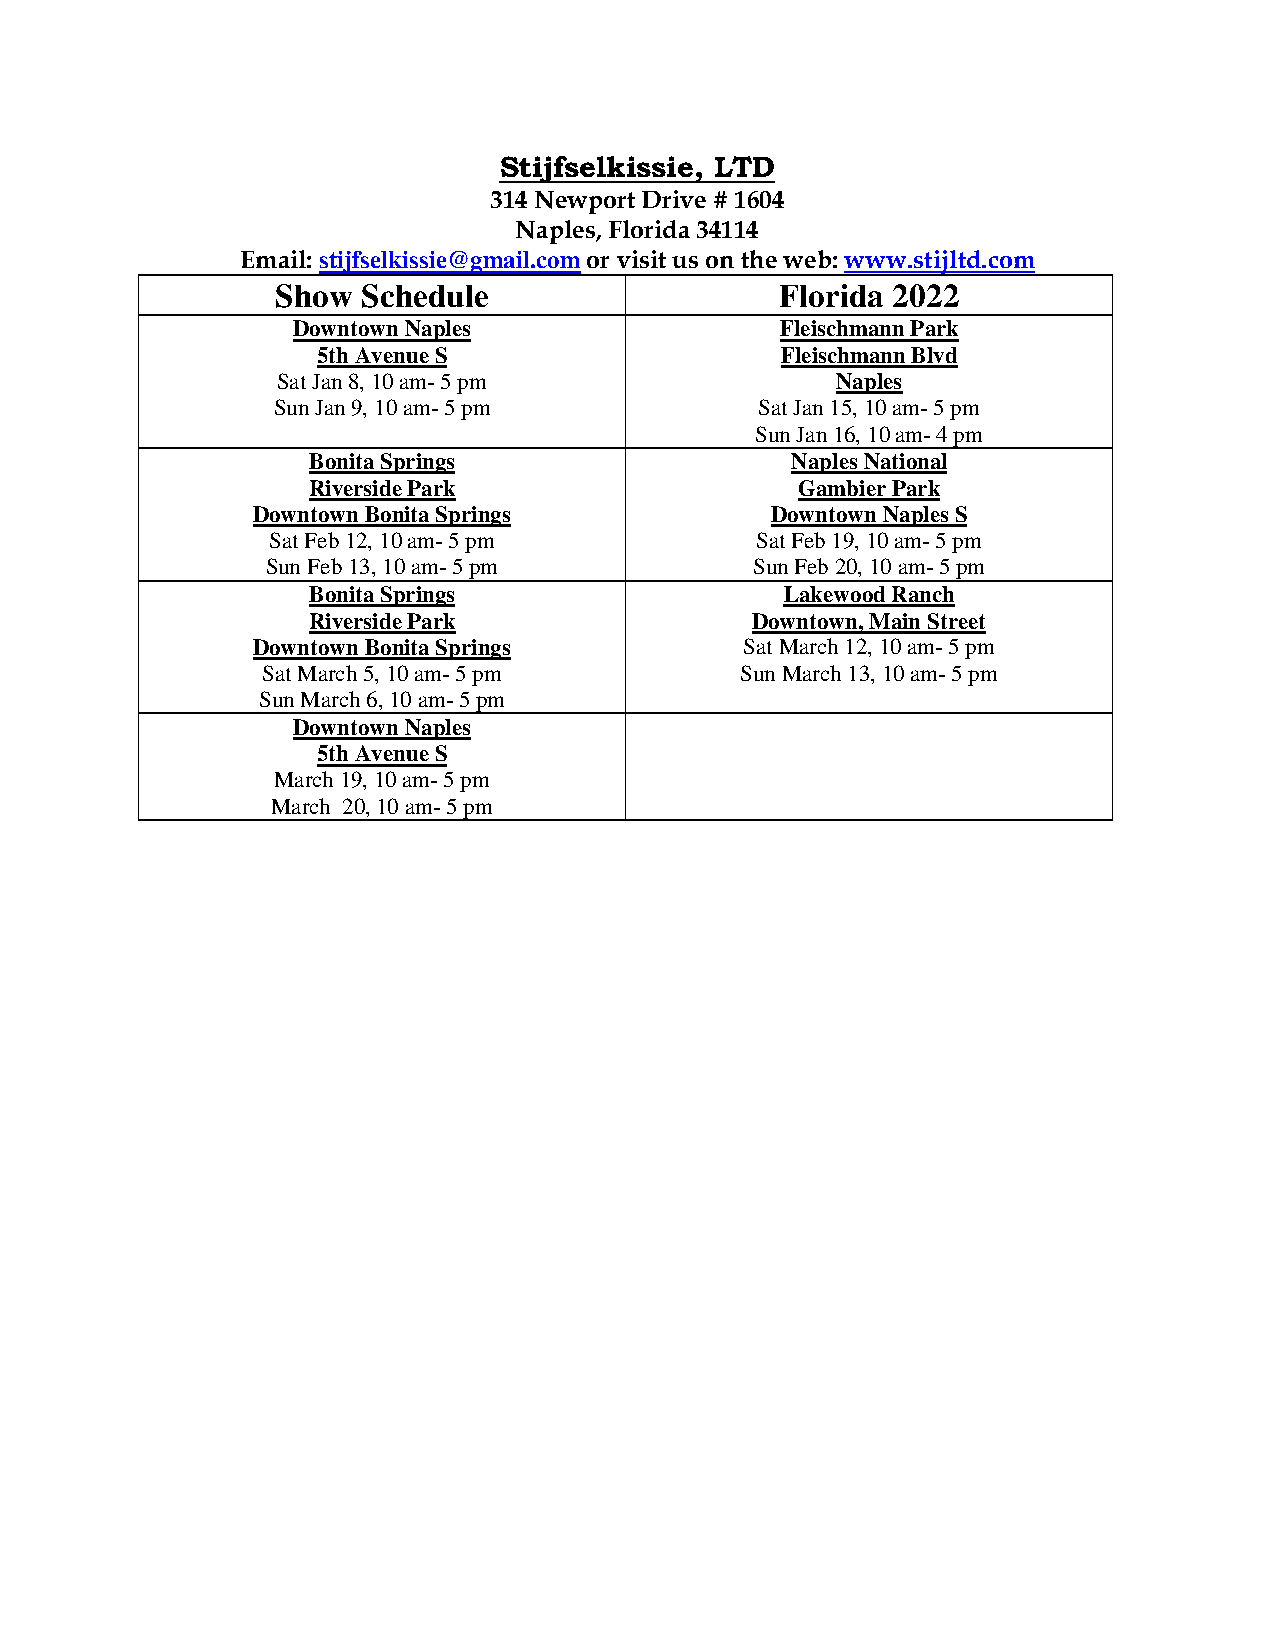
Stijfselkissie, LTD
 314 Newport Drive # 1604
 Naples, Florida 34114
 Email: stijfselkissie@gmail.com or visit us on the web: www.stijltd.com
 Show  Schedule                    Florida 2022
 Downtown Naples                  Fleischmann Park
 5th Avenue S                   Fleischmann Blvd
 Sat Jan 8, 10 am- 5 pm               Naples
 Sun Jan 9, 10 am- 5 pm          Sat Jan 15, 10 am- 5 pm
 Sun Jan 16, 10 am- 4 pm
 Bonita Springs                  Naples National
 Riverside Park                   Gambier Park
 Downtown Bonita Springs           Downtown Naples S
 Sat Feb 12, 10 am- 5 pm         Sat Feb 19, 10 am- 5 pm
 Sun Feb 13, 10 am- 5 pm         Sun Feb 20, 10 am- 5 pm
 Bonita Springs                  Lakewood Ranch
 Riverside Park                Downtown, Main Street
 Downtown Bonita Springs         Sat March 12, 10 am- 5 pm
 Sat March 5, 10 am- 5 pm        Sun March 13, 10 am- 5 pm
 Sun March 6, 10 am- 5 pm
 Downtown Naples
 5th Avenue S
 March 19, 10 am- 5 pm
 March 20, 10 am- 5 pm